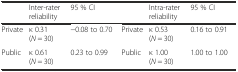
|  | Inter-rater reliability | 95 % CI |  | Intra-rater reliability | 95 % CI |
 | --- | --- | --- | --- | --- | --- |
 | Private | κ 0.31 (N = 30) | −0.08 to 0.70 | Private | κ 0.53 (N = 30) | 0.16 to 0.91 |
 | Public | κ 0.61 (N = 30) | 0.23 to 0.99 | Public | κ 1.00 (N = 30) | 1.00 to 1.00 |